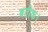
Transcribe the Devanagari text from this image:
बतीक।